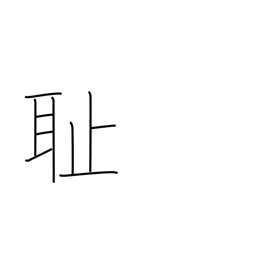
Meaning: humiliation